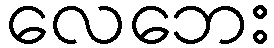
လေဘေး